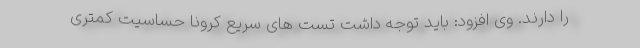
را دارند. وی افزود:‌ باید توجه داشت تست های سریع کرونا حساسیت کمتری